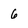
Character: 6